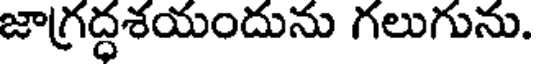
జాగ్రద్ధశయందును గలుగును.